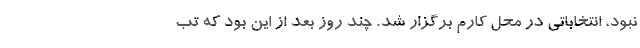
نبود، انتخاباتی در محل کارم برگزار شد. چند روز بعد از این بود که تب